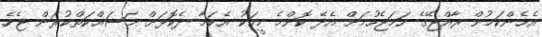
އެހެންކަމުން ރާއްޖޭގެ ހަމަޖެހުމަށް އެދޭ ކޮންމެ މީހަކު އެކަމާ ދެކޮޅަށް މަސައްކަތްކުރަން ޖެހެ